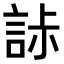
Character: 𧧌